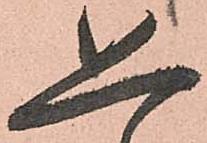
恐